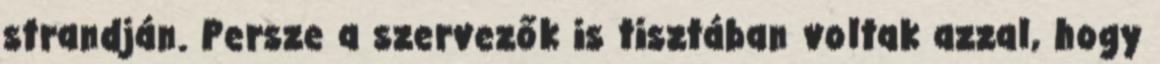
strandján. Persze a szervezők is tisztában voltak azzal, hogy